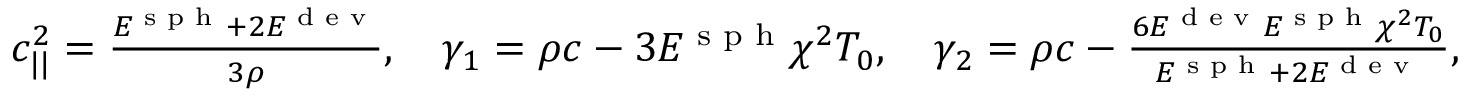
\begin{array} { r } { c _ { | | } ^ { 2 } = \frac { E ^ { \textrm { s p h } } + 2 E ^ { \textrm { d e v } } } { 3 \rho } , \quad \gamma _ { 1 } = \rho c - 3 E ^ { \textrm { s p h } } \chi ^ { 2 } T _ { 0 } , \quad \gamma _ { 2 } = \rho c - \frac { 6 E ^ { \textrm { d e v } } E ^ { \textrm { s p h } } \chi ^ { 2 } T _ { 0 } } { E ^ { \textrm { s p h } } + 2 E ^ { \textrm { d e v } } } , \quad E ^ { \textrm { s p h } } = 3 K , \quad E ^ { \textrm { d e v } } = 2 G } \end{array}